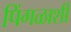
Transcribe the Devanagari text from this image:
पिंगळाशी